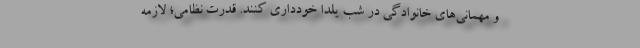
و مهمانی‌های خانوادگی در شب یلدا خودداری کنند. قدرت نظامی؛ لازمه